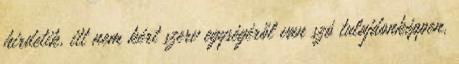
hirdetik, itt nem kért szerv egységéről van szó tulajdonképpen,